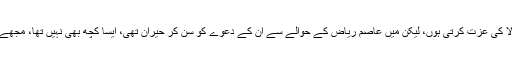
شوبز ویب سائٹ پنک ولا سے گفتگو میں ہیمانشی کھورانہ نے کہا ’ میں شیفالی جریوالا کی عزت کرتی ہوں، لیکن میں عاصم ریاض کے حوالے سے ان کے دعوےٰ کو سن کر حیران تھی، ایسا کچھ بھی نہیں تھا، مجھے نہیں پتہ کیوں شیفالی نے ایسی بات کہی تھی، کیونکہ شیفالی نے ایسا محسوس کیا تھا؟